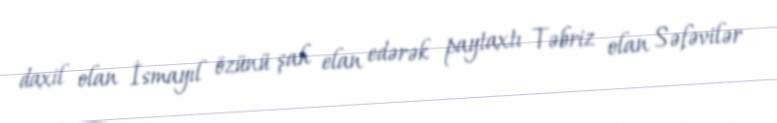
daxil olan İsmayıl özünü şah elan edərək paytaxtı Təbriz olan Səfəvilər